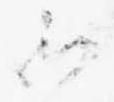
御